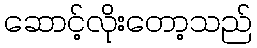
ဆောင့်လိုးတော့သည်